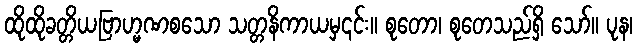
ထိုထိုခတ္တိယဗြာဟ္မဏစသော သတ္တနိကာယမှ၎င်း။ စုတော၊ စုတေသည်ရှိ သော်။ ပုန၊